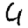
Digit: 4